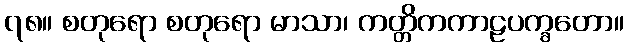
၇၈။ စတုရော စတုရော မာသာ၊ ကတ္တိကကာဠပက္ခတော။